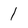
Character: 1